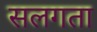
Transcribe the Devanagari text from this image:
सलगता